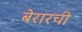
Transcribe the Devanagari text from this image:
बेरारची